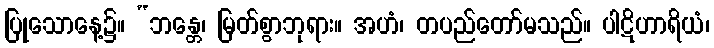
ပြုသောနေ့၌။ “ဘန္တေ၊ မြတ်စွာဘုရား။ အဟံ၊ တပည်တော်မသည်။ ပါဋိဟာရိယံ၊